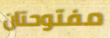
مفتوحتان